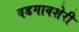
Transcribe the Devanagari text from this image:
वडगावशेरी